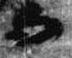
而